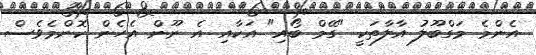
އެންމެ މަގްބޫލު އާލާތަކީ "ގޭމް ބޯއި" އަކާއި އެ ނޫން އެހެން ކޮންމެވެސް